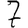
Digit: 7